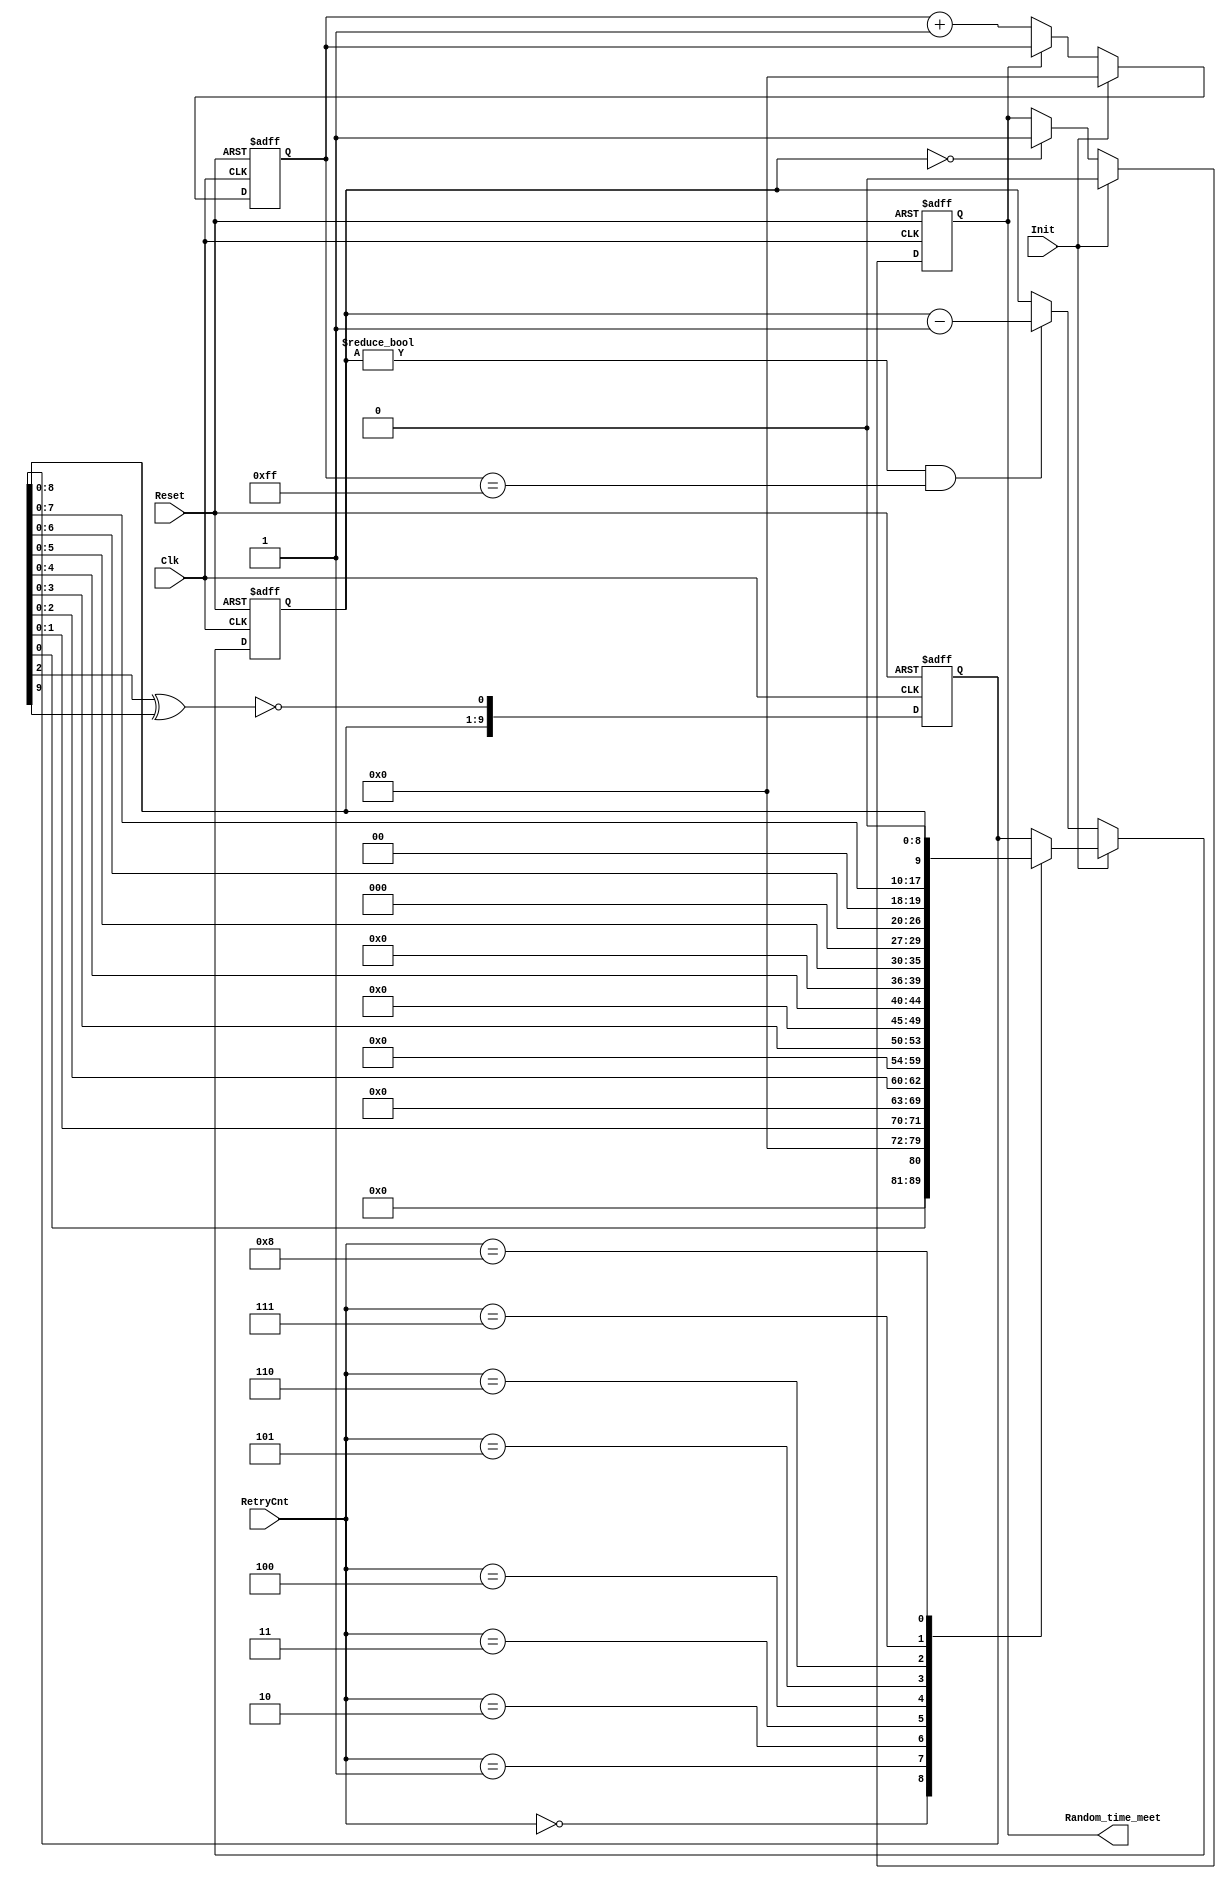
//////////////////////////////////////////////////////////////////////
////                                                              ////
////  Ramdon_gen.v                                                ////
////                                                              ////
////  This file is part of the Ethernet IP core project           ////
////  http://www.opencores.org/projects.cgi/web/ethernet_tri_mode/////
////                                                              ////
////  Author(s):                                                  ////
////      - Jon Gao (gaojon@yahoo.com)                            ////
////                                                              ////
////                                                              ////
//////////////////////////////////////////////////////////////////////
////                                                              ////
//// Copyright (C) 2001 Authors                                   ////
////                                                              ////
//// This source file may be used and distributed without         ////
//// restriction provided that this copyright statement is not    ////
//// removed from the file and that any derivative work contains  ////
//// the original copyright notice and the associated disclaimer. ////
////                                                              ////
//// This source file is free software; you can redistribute it   ////
//// and/or modify it under the terms of the GNU Lesser General   ////
//// Public License as published by the Free Software Foundation; ////
//// either version 2.1 of the License, or (at your option) any   ////
//// later version.                                               ////
////                                                              ////
//// This source is distributed in the hope that it will be       ////
//// useful, but WITHOUT ANY WARRANTY; without even the implied   ////
//// warranty of MERCHANTABILITY or FITNESS FOR A PARTICULAR      ////
//// PURPOSE.  See the GNU Lesser General Public License for more ////
//// details.                                                     ////
////                                                              ////
//// You should have received a copy of the GNU Lesser General    ////
//// Public License along with this source; if not, download it   ////
//// from http://www.opencores.org/lgpl.shtml                     ////
////                                                              ////
//////////////////////////////////////////////////////////////////////
//                                                                    
// CVS Revision History                                               
//                                                                    
// $Log: not supported by cvs2svn $
// Revision 1.2  2005/12/16 06:44:19  Administrator
// replaced tab with space.
// passed 9.6k length frame test.
//
// Revision 1.1.1.1  2005/12/13 01:51:45  Administrator
// no message
//                                           

module Ramdon_gen( 
Reset           ,
Clk             ,
Init            ,
RetryCnt        ,
Random_time_meet
);
input           Reset           ;
input           Clk             ;
input           Init            ;
input   [3:0]   RetryCnt        ;
output          Random_time_meet;   

//******************************************************************************
//internal signals                                                              
//******************************************************************************
reg [9:0]       Random_sequence ;
reg [9:0]       Ramdom          ;
reg [9:0]       Ramdom_counter  ;
reg [7:0]       Slot_time_counter; //256*2=512bit=1 slot time
reg             Random_time_meet;

//******************************************************************************
always @ (posedge Clk or posedge Reset)
    if (Reset)
        Random_sequence     <=0;
    else
        Random_sequence     <={Random_sequence[8:0],~(Random_sequence[2]^Random_sequence[9])};
        
always @ (RetryCnt or Random_sequence)
    case (RetryCnt)
        4'h0    :   Ramdom={9'b0,Random_sequence[0]};
        4'h1    :   Ramdom={8'b0,Random_sequence[1:0]};     
        4'h2    :   Ramdom={7'b0,Random_sequence[2:0]};
        4'h3    :   Ramdom={6'b0,Random_sequence[3:0]};
        4'h4    :   Ramdom={5'b0,Random_sequence[4:0]};
        4'h5    :   Ramdom={4'b0,Random_sequence[5:0]};
        4'h6    :   Ramdom={3'b0,Random_sequence[6:0]};
        4'h7    :   Ramdom={2'b0,Random_sequence[7:0]};
        4'h8    :   Ramdom={1'b0,Random_sequence[8:0]};
        4'h9    :   Ramdom={     Random_sequence[9:0]};  
        default :   Ramdom={     Random_sequence[9:0]};
    endcase

always @ (posedge Clk or posedge Reset)
    if (Reset)
        Slot_time_counter       <=0;
    else if(Init)
        Slot_time_counter       <=0;
    else if(!Random_time_meet)
        Slot_time_counter       <=Slot_time_counter+1;
    
always @ (posedge Clk or posedge Reset)
    if (Reset)
        Ramdom_counter      <=0;
    else if (Init)
        Ramdom_counter      <=Ramdom;
    else if (Ramdom_counter!=0&&Slot_time_counter==255)
        Ramdom_counter      <=Ramdom_counter -1 ;
        
always @ (posedge Clk or posedge Reset)
    if (Reset)
        Random_time_meet    <=1;
    else if (Init)
        Random_time_meet    <=0;
    else if (Ramdom_counter==0)
        Random_time_meet    <=1;
        
endmodule